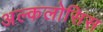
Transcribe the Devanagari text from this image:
अल्कलोसिस